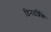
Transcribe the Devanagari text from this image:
दिनदर्शिके